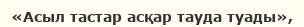
«Асыл тастар асқар тауда туады»,